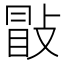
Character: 㪞